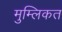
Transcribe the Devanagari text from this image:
मुम्लिकत